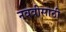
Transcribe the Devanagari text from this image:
नववीसाठी